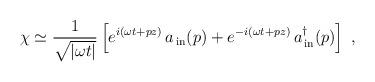
LaTeX: \begin{align*}\chi \simeq \frac{1}{\sqrt{|\omega t|}} \left[ e^{i(\omega t+pz)}\,a_{\,\rm in}(p) + e^{-i(\omega t+pz)}\, a_{\,\rm in}^\dagger(p) \right]\ ,\end{align*}